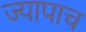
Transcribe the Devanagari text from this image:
ज्यापाच